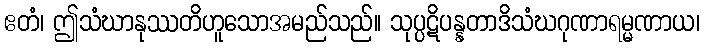
ဧတံ၊ ဤသံဃာနုဿတိဟူသောအမည်သည်။ သုပ္ပဋိပန္နတာဒိသံဃဂုဏာရမ္မဏာယ၊